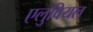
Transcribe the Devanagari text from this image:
एलुवियल